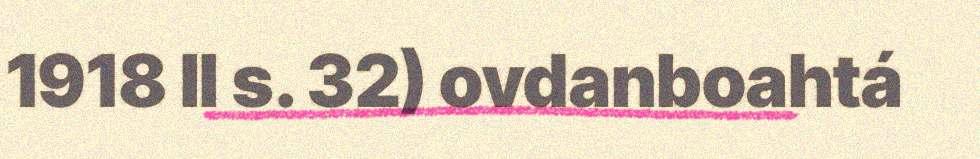
1918 II s. 32) ovdanboahtá